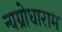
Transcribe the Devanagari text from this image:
न्यग्रोधाराम